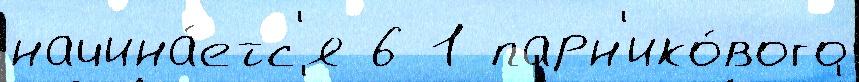
начина́етс'я 6 1 парн'ико́вого